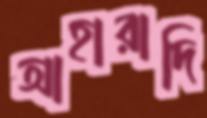
আহারাদি